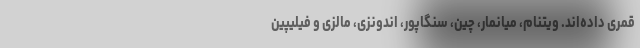
قمری داده‌اند. ویتنام، میانمار، چین، سنگاپور، اندونزی، مالزی و فیلیپین